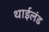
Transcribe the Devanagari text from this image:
थाईलंड